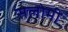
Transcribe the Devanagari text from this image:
सलोमी